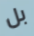
بل